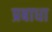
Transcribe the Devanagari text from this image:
प्रबाधा